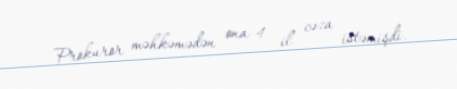
Prokuror məhkəmədən ona 4 il cəza istəmişdi.